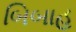
બિબાહ